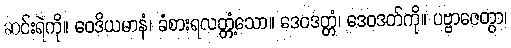
ဆင်းရဲကို။ ဝေဒိယမာနံ၊ ခံစားရလတ္တံ့သော။ ဒေဝဒတ္တံ၊ ဒေဝဒတ်ကို။ ပဗ္ဗာဇေတွာ၊